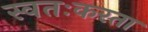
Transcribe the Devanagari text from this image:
स्वतःकरता